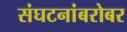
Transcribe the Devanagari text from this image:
संघटनांबरोबर